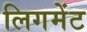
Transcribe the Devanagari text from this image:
लिगमेंट